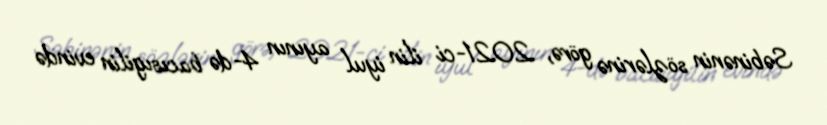
Səbinənin sözlərinə görə, 2021-ci ilin iyul ayının 4-də bacısıgilin evində